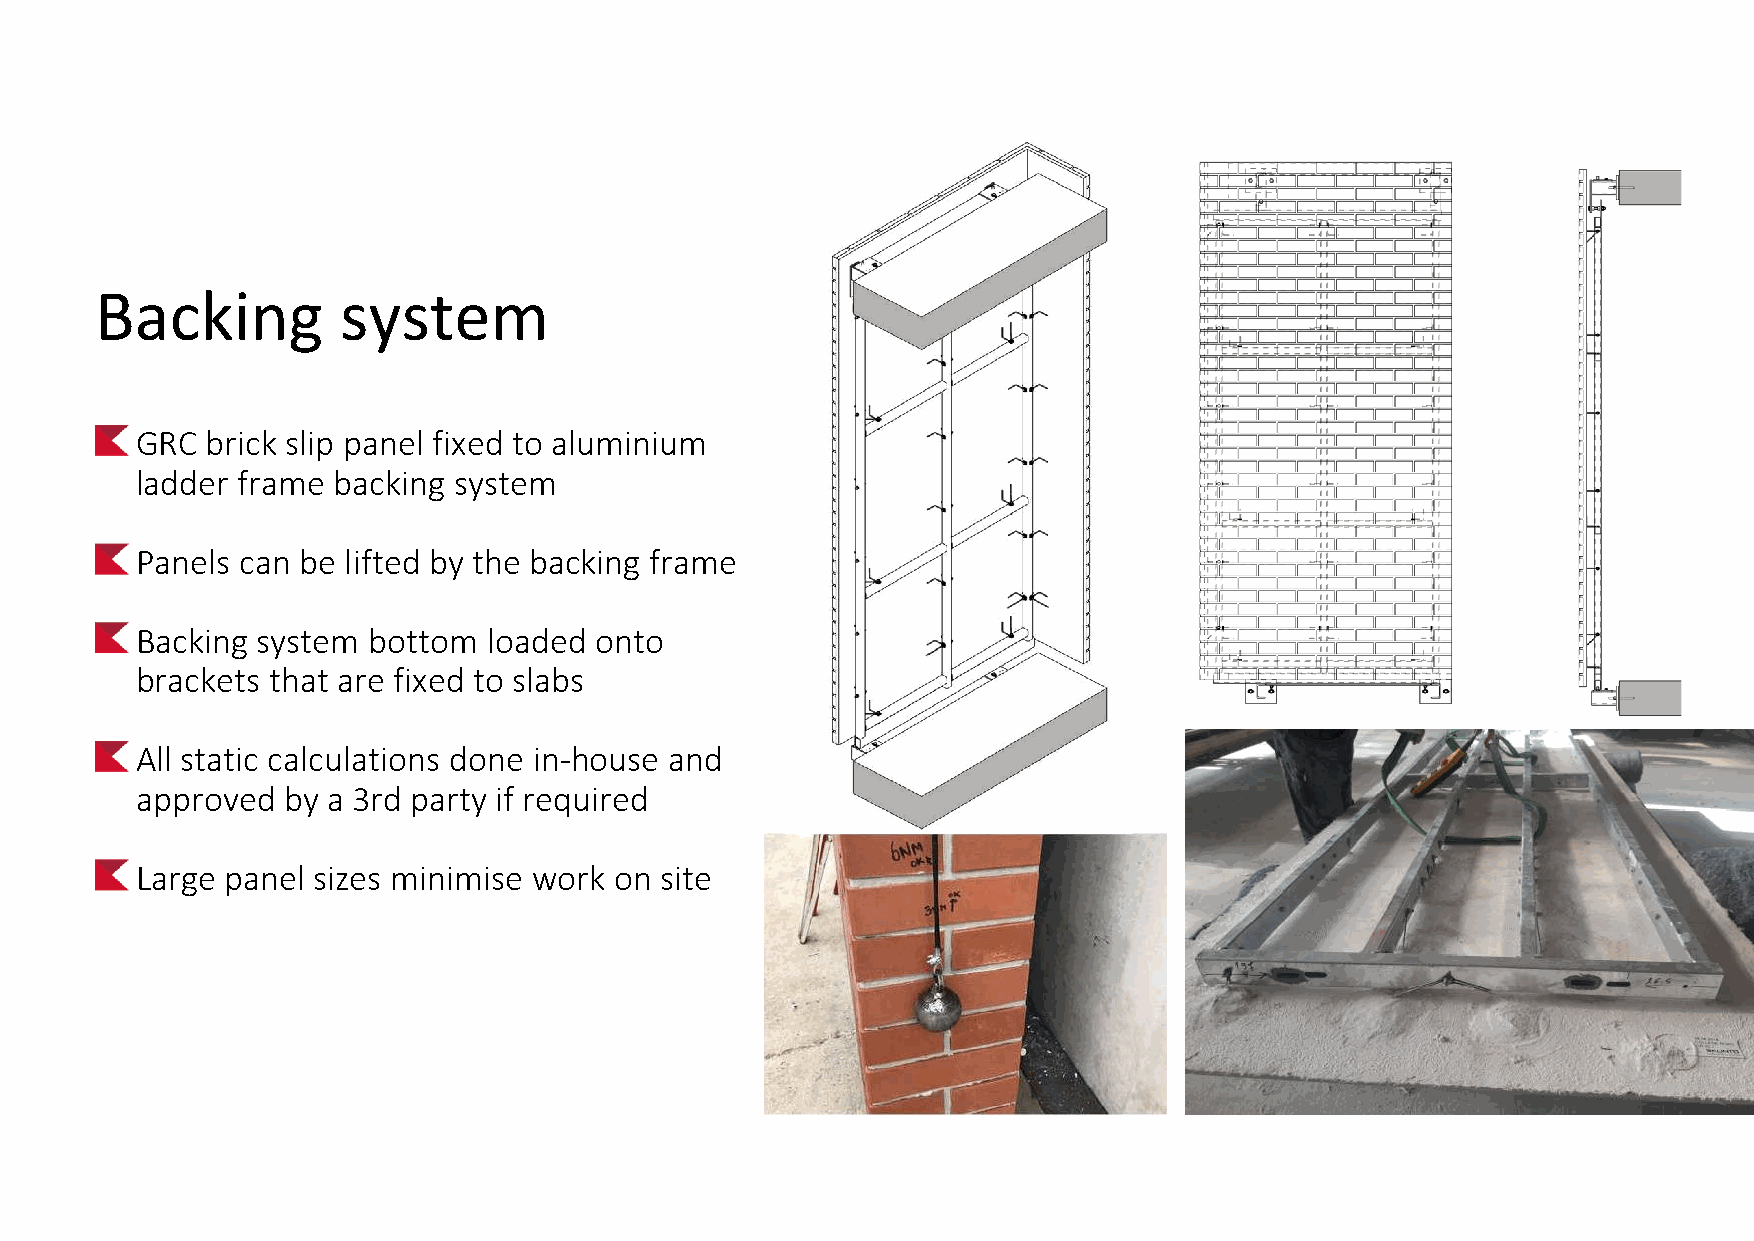
Backing          system
 GRC  brick slip panel fixed to aluminium
 ladder frame backing system
 Panels can be lifted by the backing frame
 Backing system bottom  loaded onto
 brackets that are fixed to slabs
 All static calculations done in-house and
 approved  by a 3rd party if required
 Large panel sizes minimise work on site